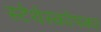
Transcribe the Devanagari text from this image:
स्टेथेस्कोपका